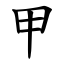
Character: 甲